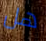
هل